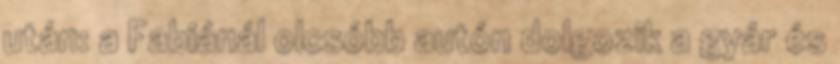
után: a Fabiánál olcsóbb autón dolgozik a gyár és